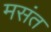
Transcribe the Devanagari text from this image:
मसंत